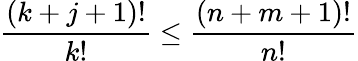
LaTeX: \frac{(k+j+1)!}{k!}\leq\frac{(n+m+1)!}{n!}